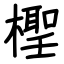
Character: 檉